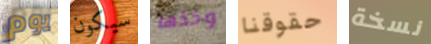
يوم سيكون وخذها حقوقنا نسخة